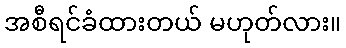
အစီရင်ခံထားတယ် မဟုတ်လား။